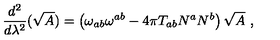
\frac { d ^ { 2 } } { d \lambda ^ { 2 } } ( \sqrt { A } ) = \left( \omega _ { a b } \omega ^ { a b } - 4 \pi T _ { a b } N ^ { a } N ^ { b } \right) \sqrt { A } \ ,